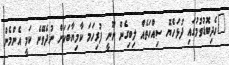
"ހެދިބޮޑުވުމުގައި ދުޅަހެޔޮ ސިއްހަތެއް ލިބިގެން ނޫނީ ފުރިހަމަ ކާމިޔާބަކަށް ނުދެވޭނެ ކަމީ އެންމެން